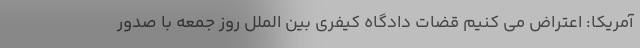
آمریکا: اعتراض می کنیم قضات دادگاه کیفری بین الملل روز جمعه با صدور